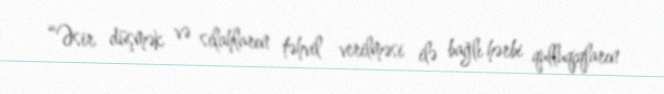
“Əsir düşmək və silahların təhvil verilməsi ilə bağlı hərbi qulluqçqların